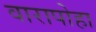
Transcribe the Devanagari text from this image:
वारापोहा